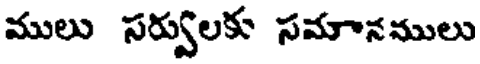
ములు సర్వులకు సమానములు